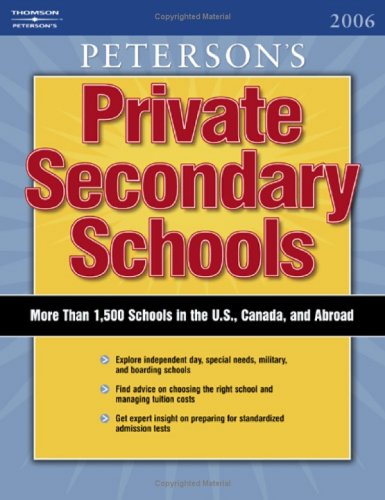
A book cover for Private Secondary Schools 2005-2006; Peterson's; Test Preparation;